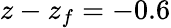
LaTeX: z-z_{f}=-0.6